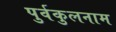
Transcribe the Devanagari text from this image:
पुर्वकुलनाम